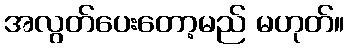
အလွတ်ပေးတော့မည် မဟုတ်။